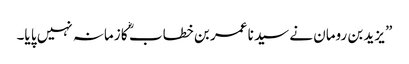
” یزید بن رومان نے سید نا عمر بن خطاب ؓ کا زمانہ نہیں پا یا۔